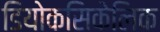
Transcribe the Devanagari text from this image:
डियोकसिकेलिक